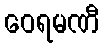
ဝေရမဏီ